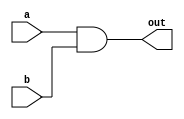
module top_module( 
    input a, 
    input b, 
    output out );
	
    assign out = a & b;	// & : Bit-wise and operator
    
endmodule